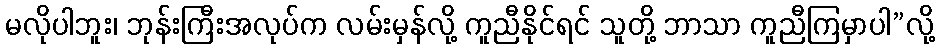
မလိုပါဘူး၊ ဘုန်းကြီးအလုပ်က လမ်းမှန်လို့ ကူညီနိုင်ရင် သူတို့ ဘာသာ ကူညီကြမှာပါ”လို့